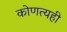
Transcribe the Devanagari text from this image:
कोणत्यही